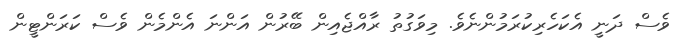
ވެސް ދަނީ އެކަހެރިކުރަމުންނެވެ. މިވަގުތު ރާއްޖެއިން ބޭރުން އަންނަ އެންމެން ވެސް ކަރަންޓީން